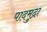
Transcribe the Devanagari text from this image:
पादमुद्रा